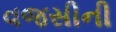
વજસીની